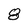
Character: 8